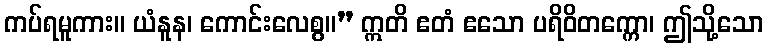
ကပ်ရမူကား။ ယံနူန၊ ကောင်းလေစွ။” ဣတိ ဧတံ ဧသော ပရိဝိတက္ကော၊ ဤသို့သော